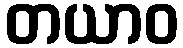
တယာဝ